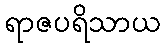
ရာဇပရိသာယ